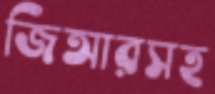
জিআরসহ